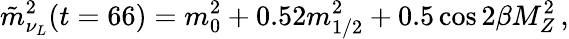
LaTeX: \tilde{m}_{\nu_{L}}^{2}(t=66)=m_{0}^{2}+0.52m_{1/2}^{2}+0.5\cos{2\beta}M_{Z}^{2}\, ,